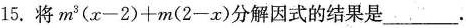
15.将$$m^{3}(x-2)+m(2-x)$$分解因式的结果是___.